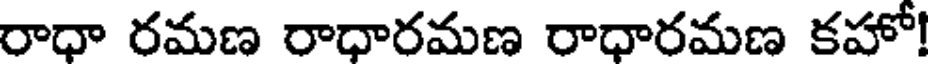
రాధా రమణ రాధారమణ రాధారమణ కహో!